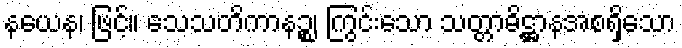
နယေန၊ ဖြင့်။ သေသတိကာနဉ္စ၊ ကြွင်းသော သတ္တာဓိဋ္ဌာနအစရှိသော